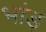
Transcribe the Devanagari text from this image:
भांड़